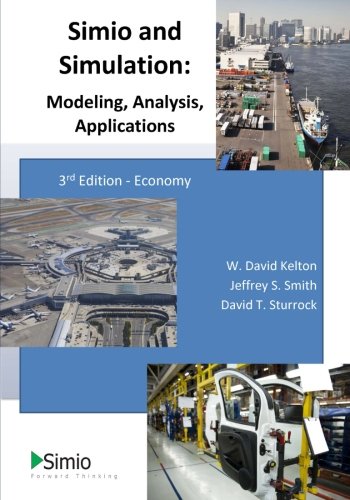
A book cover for Simio and Simulation: Modeling, Analysis, Applications: Economy; Dr. W. David Kelton; Computers & Technology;